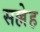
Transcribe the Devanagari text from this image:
सल्लेह